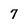
Character: 7